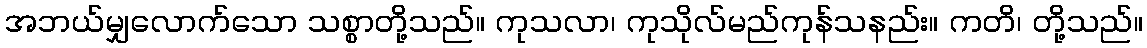
အဘယ်မျှလောက်သော သစ္စာတို့သည်။ ကုသလာ၊ ကုသိုလ်မည်ကုန်သနည်း။ ကတိ၊ တို့သည်။